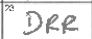
Transcription: DRR